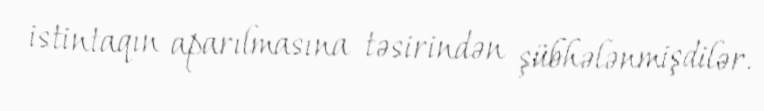
istintaqın aparılmasına təsirindən şübhələnmişdilər.